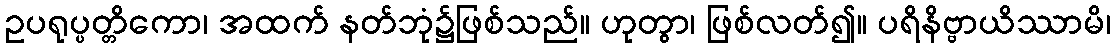
ဥပရုပ္ပတ္တိကော၊ အထက် နတ်ဘုံ၌ဖြစ်သည်။ ဟုတွာ၊ ဖြစ်လတ်၍။ ပရိနိဗ္ဗာယိဿာမိ၊